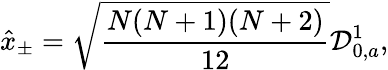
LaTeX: \hat{x}_{\pm}=\sqrt{\frac{N(N+1)(N+2)}{12}}{\cal D}_{0,a}^{1},